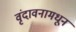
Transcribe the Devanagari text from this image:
वृंदावनामधून